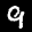
Label: 9